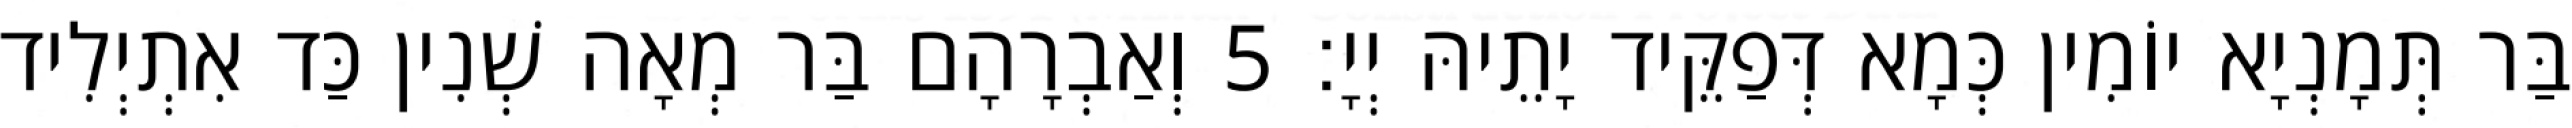
בַּר תְּמָנְיָא יוֹמִין כְּמָא דְּפַקֵּיד יָתֵיהּ יְיָ׃ 5 וְאַבְרָהָם בַּר מְאָה שְׁנִין כַּד אִתְיְלִיד